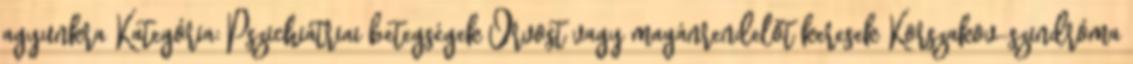
agyunkra Kategória: Pszichiátriai betegségek Orvost vagy magánrendelőt keresek Korszakov-szindróma